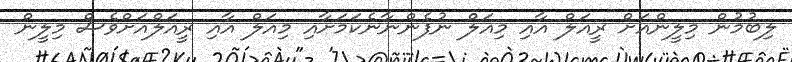
ލިބުމުން މިލީންއަށް ރީއަލް އާއި މިއަލް ނުފެންނާނެކަމަށާއި މިއަލް އާއި ރީއަލްއަށްވެސް މިލީން